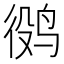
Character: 𱉷